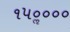
૧૫૦ૢ૦૦૦